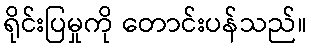
ရိုင်းပြမှုကို တောင်းပန်သည်။